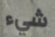
شيء